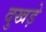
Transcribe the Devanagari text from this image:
दुखड़े